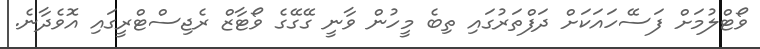
ވޯޓްލުމަށް ފަސޭހައަކަށް ދަފްތަރުގައި ތިބެ މީހުން ވާނީ ގޭގޭގެ ވޯޓާޒް ރެޖިސްޓްރީގައި އޮވެދާނެ.